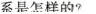
系是怎样的?